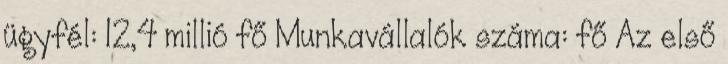
ügyfél: 12,4 millió fő Munkavállalók száma: fő Az első